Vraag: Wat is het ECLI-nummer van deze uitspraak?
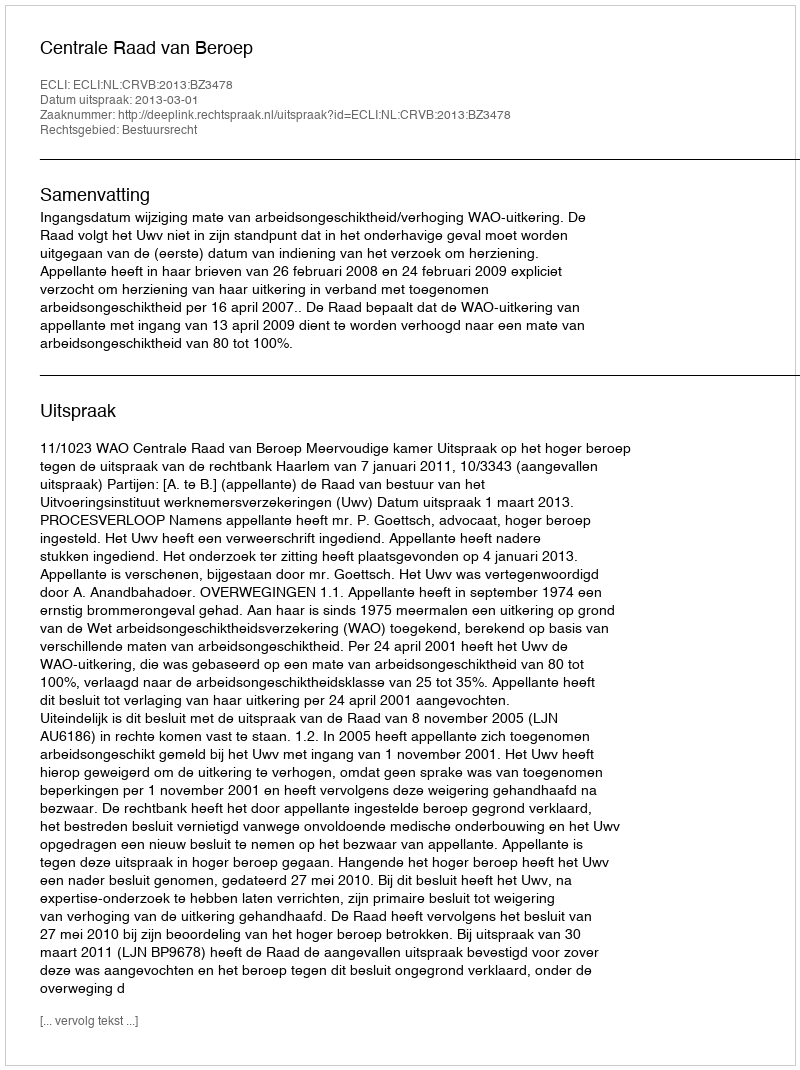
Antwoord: ECLI:NL:CRVB:2013:BZ3478